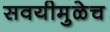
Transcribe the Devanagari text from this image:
सवयीमुळेच